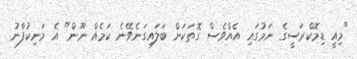
"މިއީ ޑިމޮކްރަސީގެ ނަމުގައި އެއްވެސް ގޮތަކަށް ބަލައިގަނެވޭނެ ކަމެއް ނޫން" އެ މަނިކުފާނު